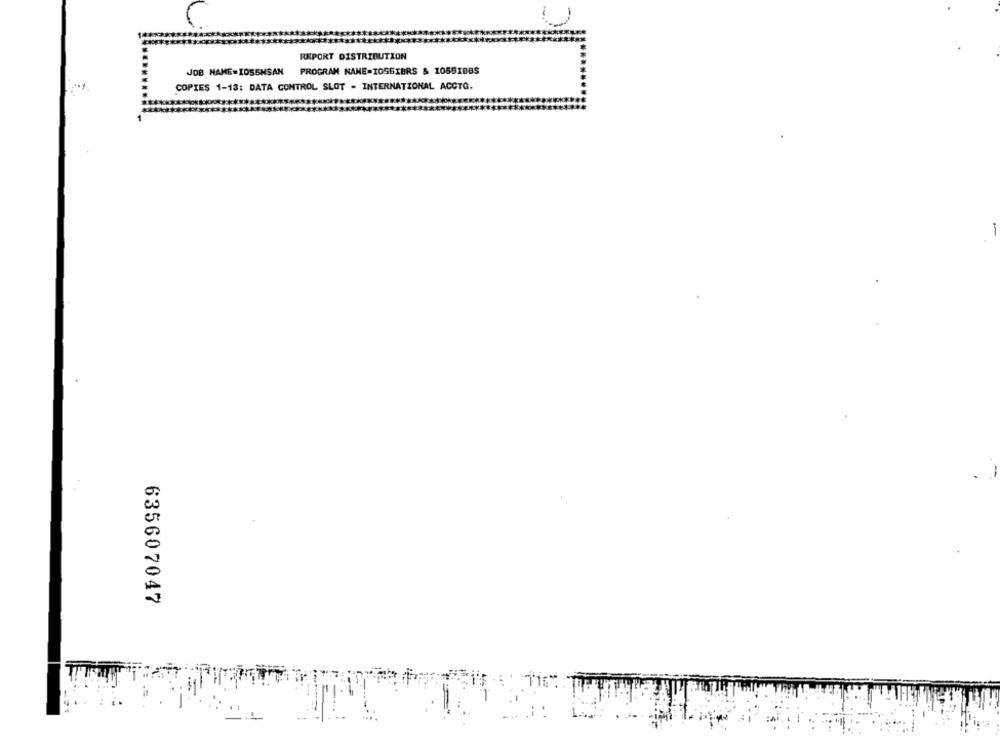
REPORT DISTRIBUTION
JDB NAME=IOSSMSAN PROGRAM NANE-IOSGIBRS & 10551885
COPIES 1-13: DATA CONTROL SLOT - INTERNATIONAL ACCTG.
635607047
-